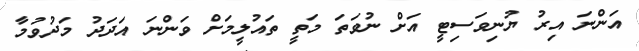
އަންނަ އިރު ޔުނިވަސިޓީ އަށް ނުވަތަ މަތީ ތައުލީމަށް ވަންނަ އަދަދު މަދުވުމާ